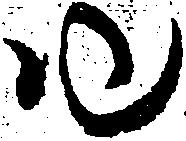
ゆ